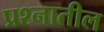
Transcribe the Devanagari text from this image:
प्रश्नातील